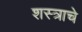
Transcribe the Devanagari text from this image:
शस्त्राचे